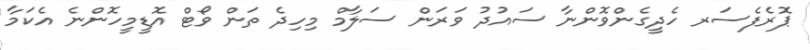
ޕޮރެފެސަރ ހެދީގެންވޮންނާ ސައުދު ވަރަން ސަލާމް މިހިދެ ތަން ވޯޓް އޮޑީމީހޮންނެ އެކަމާ